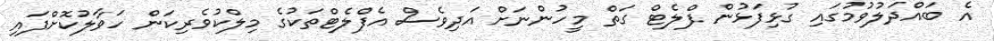
އެ ބައްދަލުވުމުގައި ގުޅިފަޅުން ފްލެޓް ގަތް މީހުންނަށް އަދިވެސް އެފްލެޓްތަކުގެ މިލްކުވެރިކަން ހަވާލުކޮށްފައި